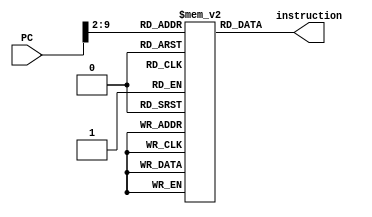
module Instruction_Memory(PC, instruction);
	input [31:0] PC; 
	output [31:0] instruction; 
	reg [31:0] instruction; 
	reg [31:0] IM [255:0]; 
	initial begin 
		 IM[0] = 32'h00506113;
		 IM[1] = 32'h00402283;
		 IM[2] = 32'h40510333;
		 IM[3] = 32'h00630333;
		 IM[4] = 32'h006000ef;
		 IM[5] = 32'h32393;
		 IM[6] = 32'h00038263;
		 IM[7] = 32'h00008067;
		 IM[8] = 32'h00032223;
		 IM[9] = 32'h00402403;
		 IM[10] = 32'h44493;
		 IM[11] = 32'h0084f533;



	end 
	always @ (PC ) 
		#15 instruction = IM[PC>>2]; 
endmodule